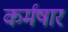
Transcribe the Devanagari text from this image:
कर्मषार